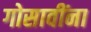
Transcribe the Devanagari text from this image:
गोसावींना